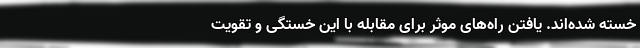
خسته شده‌اند. یافتن راه‌های موثر برای مقابله با این خستگی و تقویت